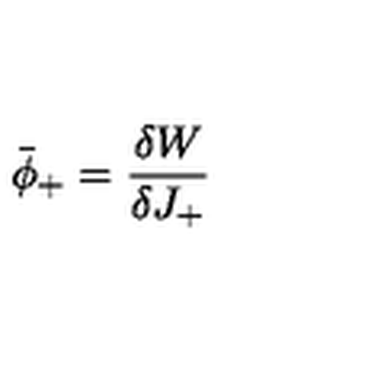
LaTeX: \bar { \phi } _ { + } = \frac { \delta W } { \delta J _ { + } }